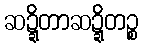
ဆဍ္ဍိတာဆဍ္ဍိတဉ္စ